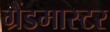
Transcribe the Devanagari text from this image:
ग्रैंडमास्‍टर